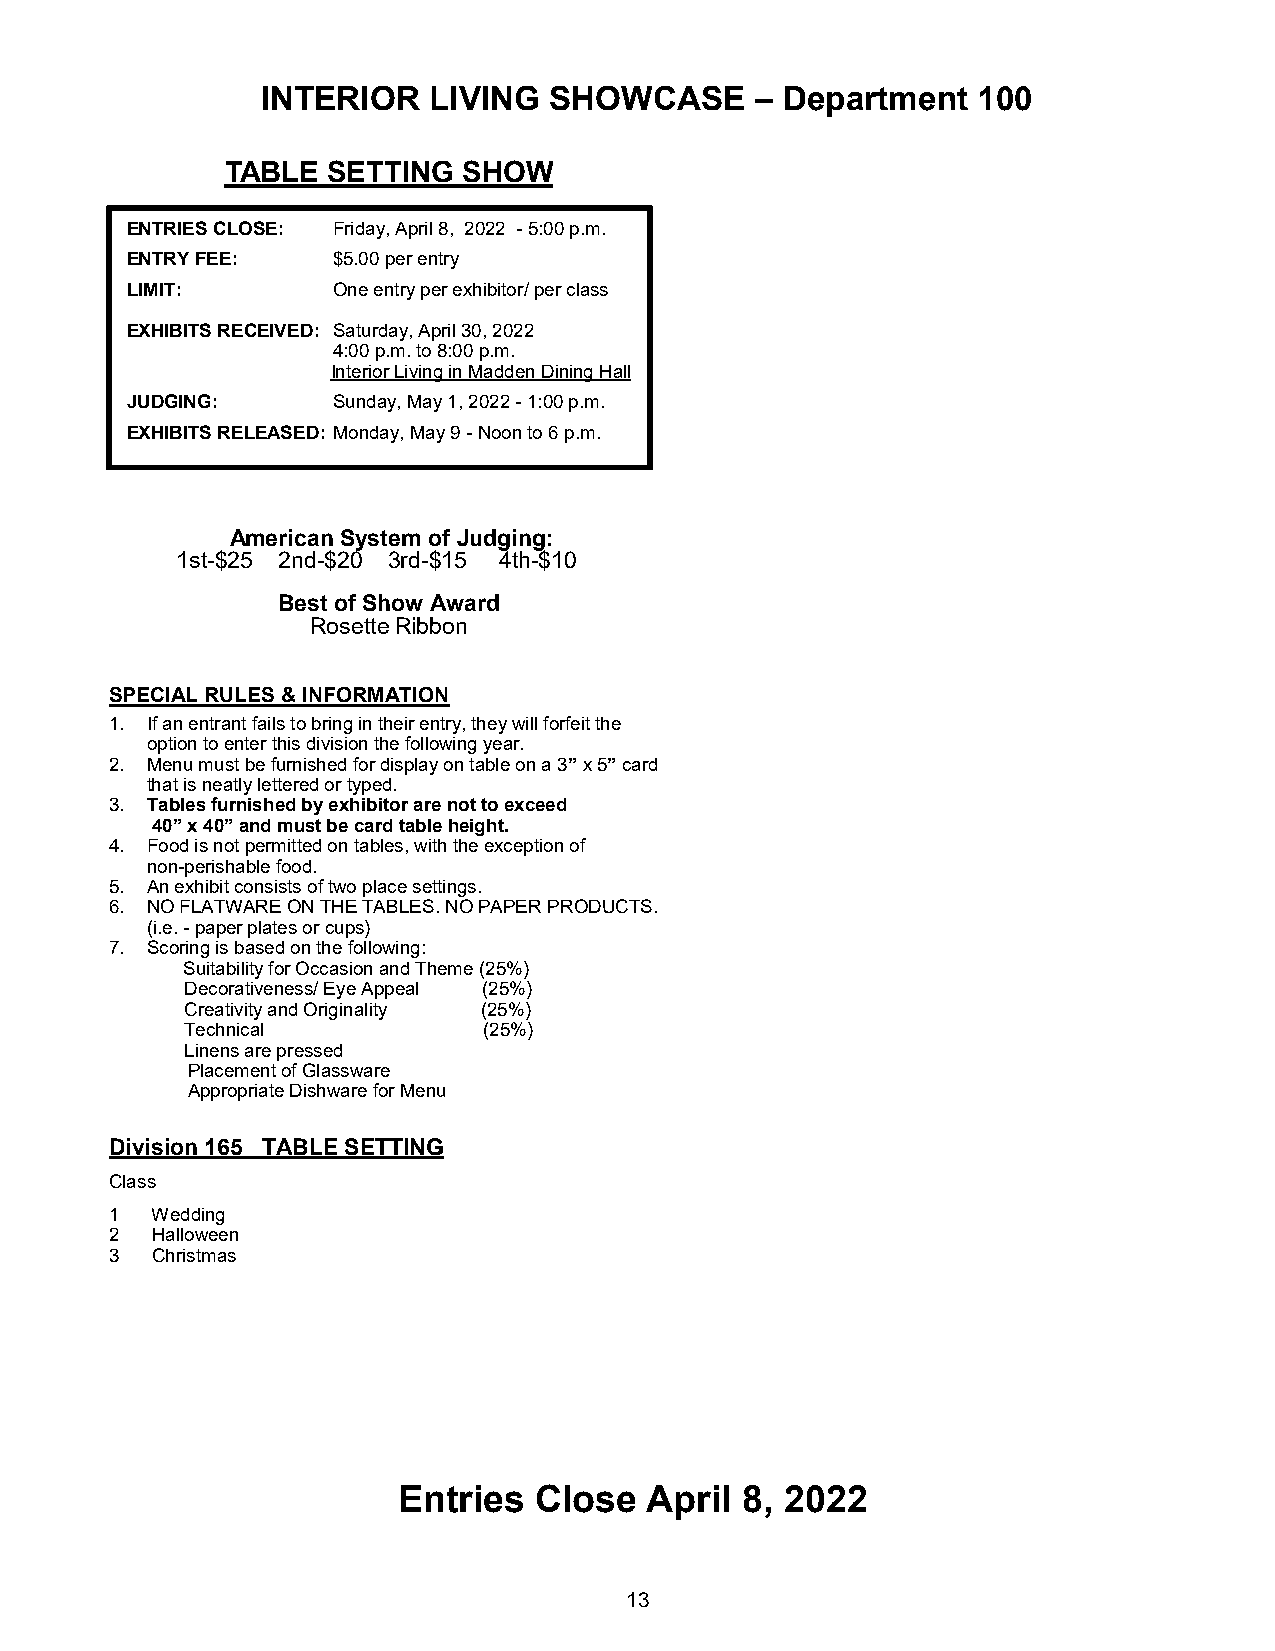
INTERIOR   LIVING  SHOWCASE      – Department   100
 TABLE  SETTING  SHOW
 ENTRIES CLOSE: Friday, April 8, 2022 - 5:00 p.m.
 ENTRY FEE:    $5.00 per entry
 LIMIT:        One entry per exhibitor/ per class
 EXHIBITS RECEIVED: Saturday, April 30, 2022
 4:00 p.m. to 8:00 p.m.
 Interior Living in Madden Dining Hall
 JUDGING:      Sunday, May 1, 2022 - 1:00 p.m.
 EXHIBITS RELEASED: Monday, May 9 - Noon to 6 p.m.
 American System of Judging:
 1st-$25 2nd-$20 3rd-$15 4th-$10
 Best of Show Award
 Rosette Ribbon
 SPECIAL RULES & INFORMATION
 1. If an entrant fails to bring in their entry, they will forfeit the
 option to enter this division the following year.
 2. Menu must be furnished for display on table on a 3” x 5” card
 that is neatly lettered or typed.
 3. Tables furnished by exhibitor are not to exceed
 40” x 40” and must be card table height.
 4. Food is not permitted on tables, with the exception of
 non-perishable food.
 5. An exhibit consists of two place settings.
 6. NO FLATWARE ON THE TABLES. NO PAPER PRODUCTS.
 (i.e. - paper plates or cups)
 7. Scoring is based on the following:
 Suitability for Occasion and Theme (25%)
 Decorativeness/ Eye Appeal (25%)
 Creativity and Originality (25%)
 Technical           (25%)
 Linens are pressed
 Placement of Glassware
 Appropriate Dishware for Menu
 Division 165 TABLE SETTING
 Class
 1  Wedding
 2  Halloween
 3  Christmas
 Entries  Close   April 8, 2022
 13